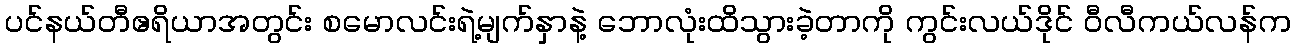
ပင်နယ်တီဧရိယာအတွင်း စမောလင်းရဲ့မျက်နှာနဲ့ ဘောလုံးထိသွားခဲ့တာကို ကွင်းလယ်ဒိုင် ဝီလီကယ်လန်က